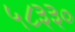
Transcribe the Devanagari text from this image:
५८३३०